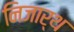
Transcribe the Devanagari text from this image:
निजार्थ